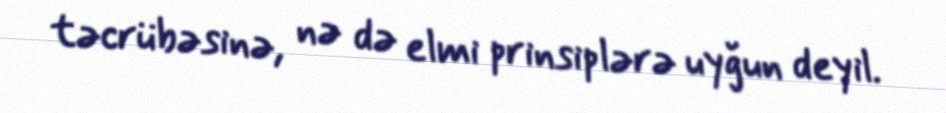
təcrübəsinə, nə də elmi prinsiplərə uyğun deyil.